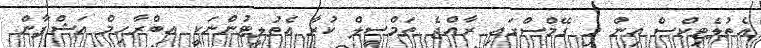
އެތުލެޓިކްސް އިން މި ގޭމްސްގައި ރާއްޖެ ތަމްސީލް ކުރާ އެތުލީޓުންނަކީ އިބްރާހިމް އަޝްފާން